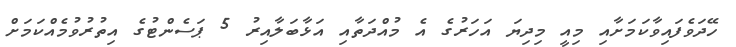
ހޭދަވެފައިވާކަމަށާއި މިއީ މިދިޔަ އަހަރުގެ އެ މުއްދަތާއި އަޅާބަލާއިރު 5 ޕަސެންޓުގެ އިތުރުވުމެއްކަމަށް